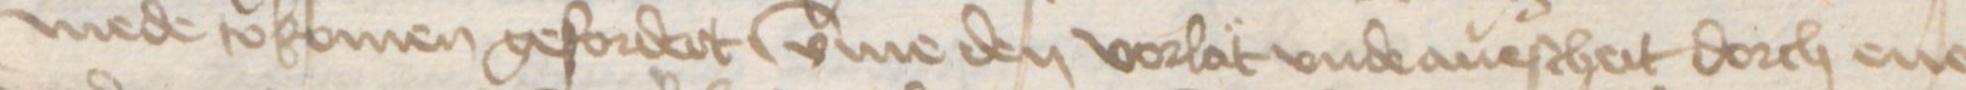
Transcription: mede tokomen gefordert vmme den vorlat vnde auescheit dorch ene